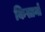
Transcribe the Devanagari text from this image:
किसानोँ